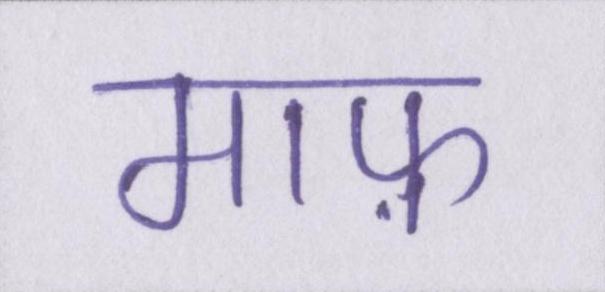
माफ़